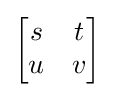
{\begin{bmatrix}s&t\\u&v\end{bmatrix}}